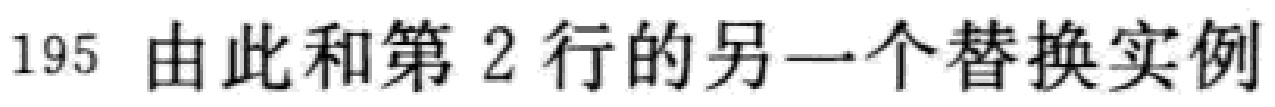
195 由此和第 2 行的另一个替换实例